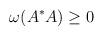
LaTeX: \begin{align*} \omega(A^*A) \ge 0\end{align*}